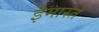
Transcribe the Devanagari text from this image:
ईमारते